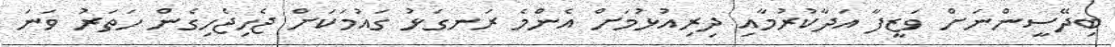
ބިދޭސީންނަށް ވަޒީފާ އަދާކުރުމާއި ދިރިއުޅުމަށް އެންމެ ރަނގަޅު ގައުމަކަށް ޖެހިޖެހިގެން ހަތަރު ވަނަ